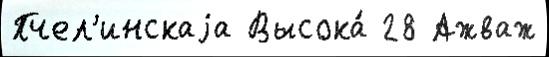
Пчел'инскаjа Высока́ 28 Ажваж